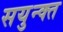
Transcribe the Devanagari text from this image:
सयुन्क्त